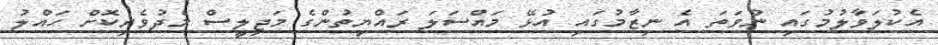
އެކުލަވާލުމުގައި ނުވަތަ އެ ނިޒާމުގައި އުޅޭ މައްސަލަ ރައްޔިތުންގެ މަޖިލީސް މެދުވެރިކޮށް ހައްލު